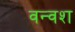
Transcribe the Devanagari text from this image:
वन्वश